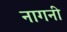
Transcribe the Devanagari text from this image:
नागनी